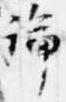
論